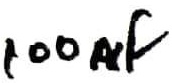
Text: 100nF